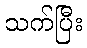
သက်ပြီး